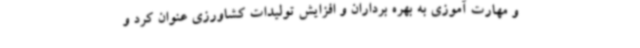
و مهارت آموزی به بهره برداران و افزایش تولیدات کشاورزی عنوان کرد و